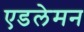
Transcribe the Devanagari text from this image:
एडलेमन